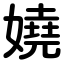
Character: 嬈